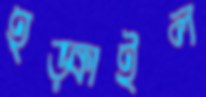
হড়্‌কাইল